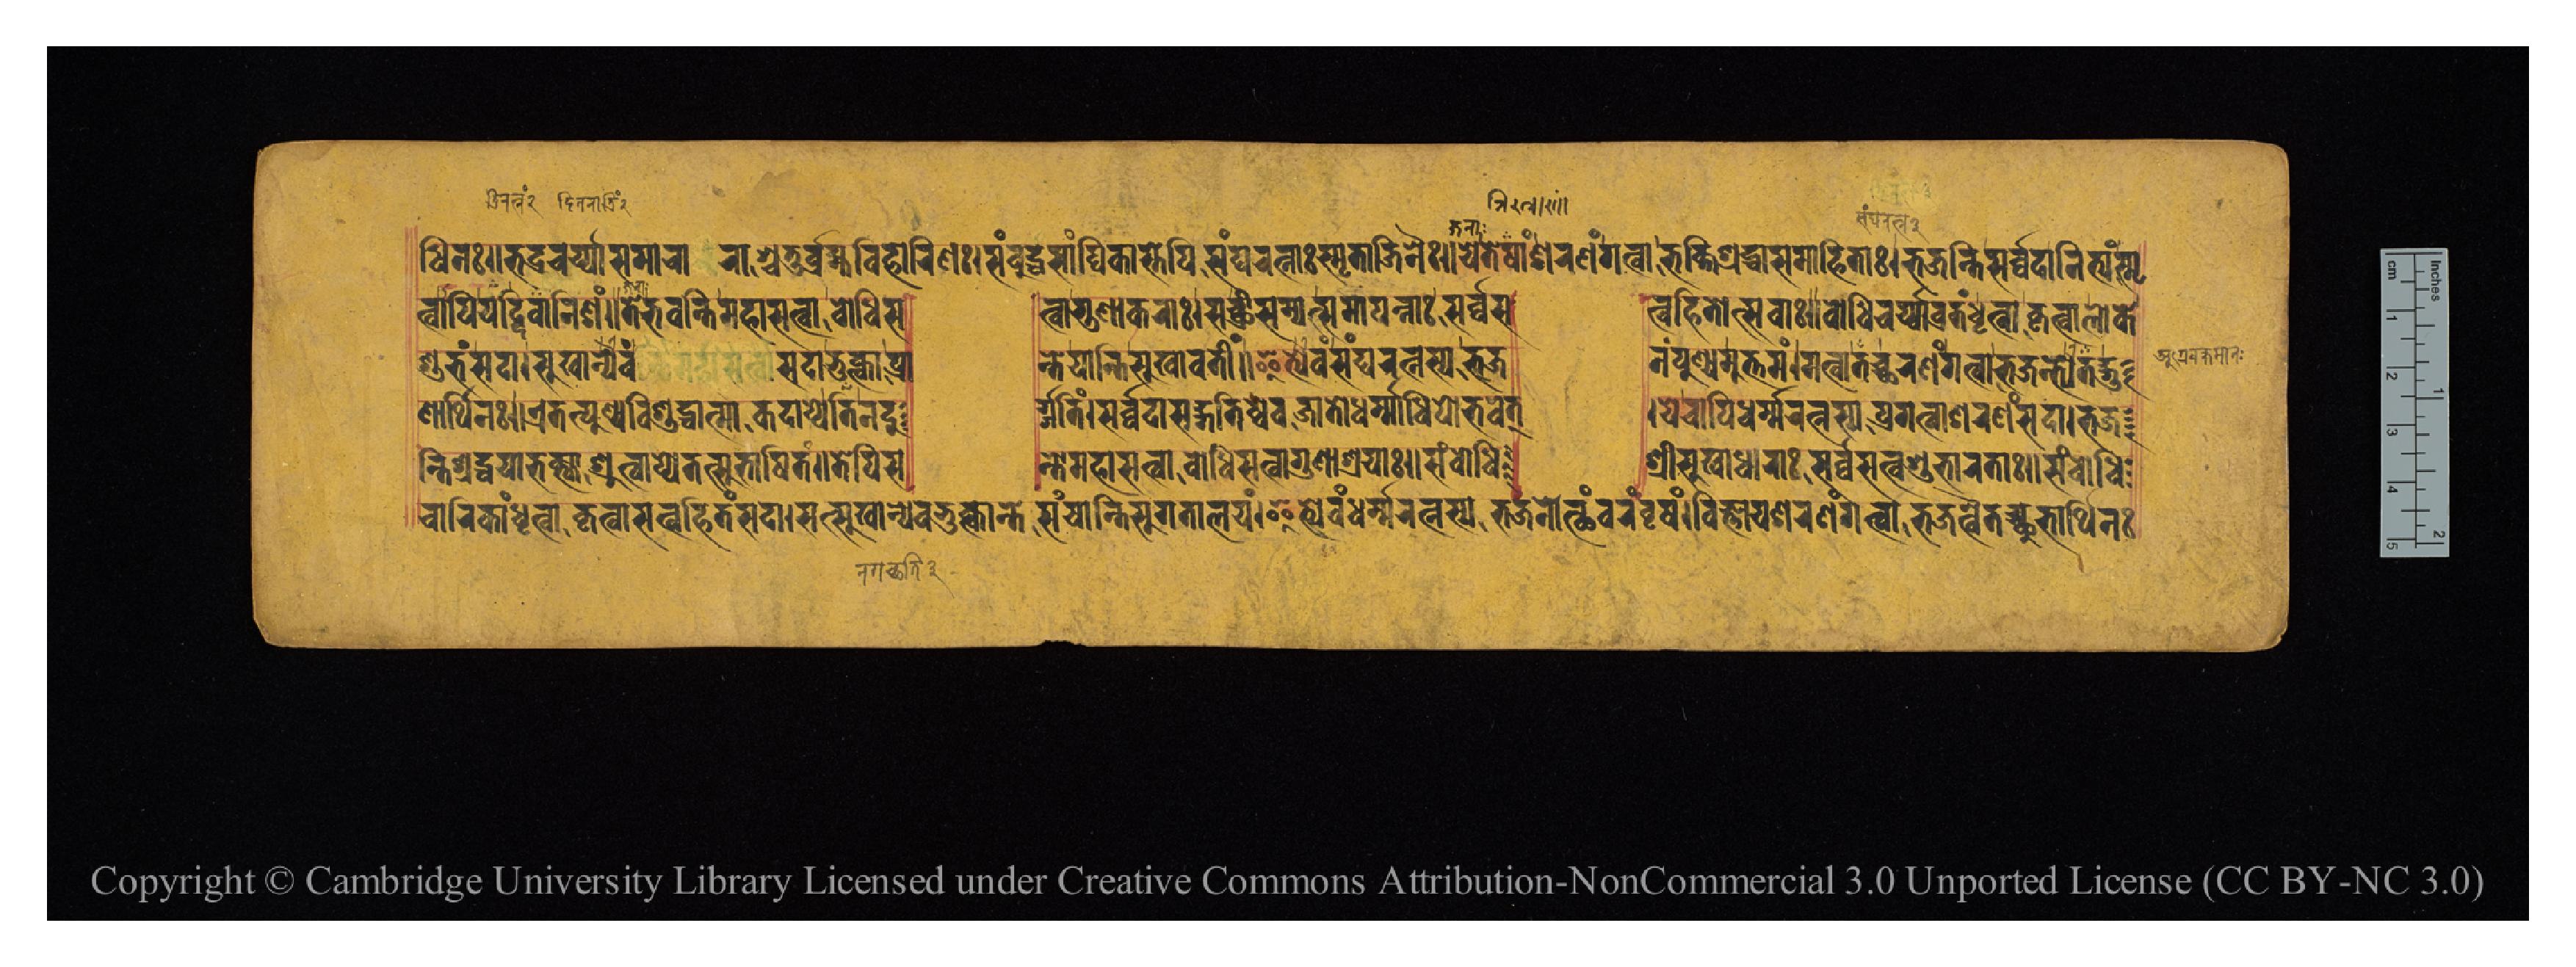
𑐢𑐶𑐣𑑅𑑌𑐨𑐡𑑂𑐬𑐔𑐬𑑂𑐫𑑂𑐫𑐵𑐳𑐩𑐵𑐔𑐵𑐬𑐵𑐱𑑂𑐔𑐟𑐸𑐬𑑂𑐧𑑂𑐬𑐴𑑂𑐩𑐰𑐶𑐴𑐵𑐬𑐶𑐞𑑅𑑋𑐳𑑄𑐧𑐸𑐡𑑂𑐢𑐳𑐵𑑄𑐑𑐶𑐎𑐵𑐳𑑂𑐟𑐾𑐥𑐶𑐳𑑄𑐑𑐬𑐟𑑂𑐣𑐵𑑅𑐳𑑂𑐩𑐺𑐟𑐵𑐖𑐶𑐣𑐿𑑅𑑋𑐫𑐾𑐟𑐾𑐲𑐵𑑄𑐱𑐬𑐞𑑄𑐐𑐟𑑂𑐰𑐵𑐨𑐎𑑂𑐟𑐶𑐱𑑂𑐬𑐡𑑂𑐢𑐵𑐳𑐩𑐵𑐴𑐶𑐟𑐵𑑅𑑋𑐨𑐖𑐣𑑂𑐟𑐶𑐳𑐬𑑂𑐰𑑂𑐰𑐡𑐵𑐣𑐶𑐟𑑂𑐫𑑄𑐳𑑂𑐩𑐺 𑐟𑑂𑐰𑐵𑐥𑐶𑐔𑐡𑐶𑐰𑐵𑐣𑐶𑐱𑑄𑑌𑐟𑐾𑐨𑐰𑐣𑑂𑐟𑐶𑐩𑐴𑐵𑐳𑐟𑑂𑐰𑐵𑐧𑑀𑐢𑐶𑐳  𑐟𑑂𑐰𑐵𑐐𑐸𑐞𑐵𑐎𑐬𑐵𑑅𑑋𑐳𑐔𑑂𑐕𑑂𑐬𑐷𑐳𑑄𑐥𑐟𑑂𑐳𑐩𑐵𑐥𑐣𑑂𑐣𑐵𑑅𑐳𑐬𑑂𑐰𑑂𑐰𑐳  𑐟𑑂𑐰𑐴𑐶𑐟𑑀𑐟𑑂𑐳𑐰𑐵𑑅𑑌𑐧𑑀𑐢𑐶𑐔𑐬𑑂𑐫𑑂𑐫𑐵𑐰𑑂𑐬𑐟𑑄𑐡𑐺𑐟𑑂𑐰𑐵𑐎𑐺𑐟𑑂𑐰𑐵𑐮𑑀𑐎𑐾 𑐱𑐸𑐨𑑄𑐳𑐡𑐵𑑋𑐳𑐸𑐏𑐵𑐣𑑂𑐫𑐾𑐰𑑄 𑐳𑐡𑐵𑐨𑐸𑐎𑑂𑐟𑑂𑐰𑐵𑐥𑑂𑐬𑐵  𑐣𑑂𑐟𑐾𑐫𑐵𑐀𑐣𑑂𑐟𑐶𑐳𑐸𑐏𑐵𑐰𑐟𑐷𑑄𑑌𑐂𑐟𑑂𑐫𑐾𑐰𑑄𑐳𑑄𑐑𑐬𑐟𑑂𑐣𑐳𑑂𑐫𑐨𑐖  𑐣𑑄𑐥𑐸𑐞𑑂𑐫𑐩𑐸𑐟𑑂𑐟𑐩𑑄𑑋𑐩𑐟𑑂𑐰𑐵𑐟𑐔𑑂𑐕𑐬𑐞𑑄𑐐𑐟𑑂𑐰𑐵𑐨𑐖𑐣𑑂𑐟𑑂𑐫𑐾𑐟𑐡𑑂𑐐𑐸 𑐞𑐵𑐬𑑂𑐠𑐶𑐣𑑅𑑌𑐊𑐟𑐟𑑂𑐥𑐸𑐞𑑂𑐫𑐰𑐶𑐱𑐸𑐡𑑂𑐢𑐵𑐟𑑂𑐩𑐵𑐎𑐡𑐵𑐥𑑂𑐫𑐾𑐟𑐶𑐣𑐡𑐸𑐬𑑂  𑐐𑑂𑐖𑐟𑐶𑑄𑑋𑐳𑐬𑑂𑐰𑑂𑐰𑐡𑐵𑐳𑐡𑑂𑐐𑐟𑐶𑐲𑑂𑐰𑐾𑐰𑐖𑐵𑐟𑑀𑐢𑐬𑑂𑐩𑐵𑐢𑐶𑐥𑑀𑐨𑐰𑐾𑐟𑑂  𑑋𑐫𑐾𑐔𑐵𑐥𑐶𑐢𑐬𑑂𑐩𑑂𑐩𑐬𑐟𑑂𑐣𑐳𑑂𑐫𑐥𑑂𑐬𑐐𑐟𑑂𑐰𑐵𑐱𑐬𑐞𑑄𑐳𑐡𑐵𑑋𑐨𑐖 𑐔𑐵𑐬𑐶𑐎𑐵𑑄𑐢𑐺𑐟𑑂𑐰𑐵𑐎𑐺𑐟𑑂𑐰𑐵𑐳𑐟𑑂𑐰𑐴𑐶𑐟𑑄𑐳𑐡𑐵𑑋𑐳𑐟𑑂𑐳𑐸𑐏𑐵𑐣𑑂𑐫𑐾𑐰𑐨𑐸𑐎𑑂𑐟𑑂𑐰𑐵𑐣𑑂𑐟𑐾𑐳𑑄𑐫𑐵𑐣𑑂𑐟𑐶𑐳𑐸𑐐𑐟𑐵𑐮𑐫𑑄𑑋𑐂𑐟𑑂𑐫𑐾𑐰𑑄𑐢𑐬𑑂𑐩𑑂𑐩𑐬𑐟𑑂𑐣𑐳𑑂𑐫𑐨𑐖𑐣𑐵𑐬𑑂𑐠𑑄𑐰𑐬𑑄𑐰𑐺𑐲𑑄𑑋𑐰𑐶𑐖𑑂𑐘𑐵𑐫𑐱𑐬𑐞𑑄𑐐𑐟𑑂𑐰𑐵𑐨𑐖𑐣𑑂𑐟𑑂𑐰𑐾𑐟𑐔𑑂𑐕𑐸𑐨𑐵𑐬𑑂𑐠𑐶𑐣𑑅 𑐣𑑂𑐟𑐶𑐱𑑂𑐬𑐡𑑂𑐢𑐫𑐵𑐨𑐎𑑂𑐟𑑂𑐫𑐵𑐱𑑂𑐬𑐸𑐟𑑂𑐰𑐵𑐥𑑂𑐫𑐾𑐟𑐟𑑂𑐳𑐸𑐨𑐵𑐲𑐶𑐟𑑄𑑌𑐟𑐾𑐥𑐶𑐳  𑐣𑑂𑐟𑑀𑐩𑐴𑐵𑐳𑐟𑑂𑐰𑐵𑐧𑑀𑐢𑐶𑐳𑐟𑑂𑐰𑐵𑐐𑐸𑐞𑐵𑐱𑑂𑐬𑐫𑐵𑑅𑑋𑐳𑑄𑐧𑑀𑐢𑐶  𑐱𑑂𑐬𑐷𑐳𑐸𑐏𑐵𑐢𑐵𑐬𑐵𑑅𑐳𑐬𑑂𑐰𑑂𑐰𑐳𑐟𑑂𑐰𑐱𑐸𑐨𑐵𑐬𑐟𑐵𑑅𑑋𑐳𑑄𑐧𑑀𑐢𑐶